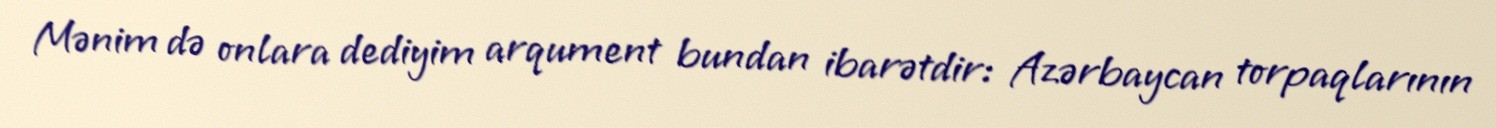
Mənim də onlara dediyim arqument bundan ibarətdir: Azərbaycan torpaqlarının